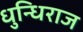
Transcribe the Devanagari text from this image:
धुन्धिराज